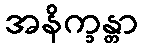
အနိက္ခန္တာ